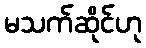
မသက်ဆိုင်ဟု